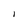
Character: l